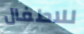
للاطفال